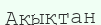
Ақықтан